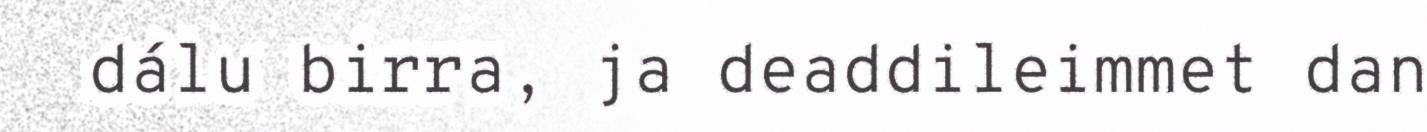
dálu birra, ja deaddileimmet dan